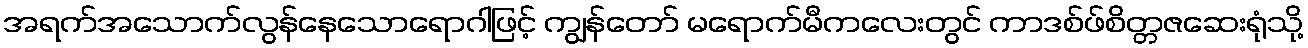
အရက်အသောက်လွန်နေသောရောဂါဖြင့် ကျွန်တော် မရောက်မီကလေးတွင် ကာဒစ်ဖ်စိတ္တဇဆေးရုံသို့